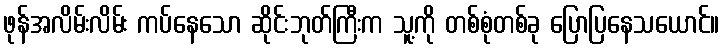
ဖုန်အလိမ်းလိမ်း ကပ်နေသော ဆိုင်းဘုတ်ကြီးက သူ့ကို တစ်စုံတစ်ခု ပြောပြနေသယောင်။